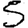
Digit: 5